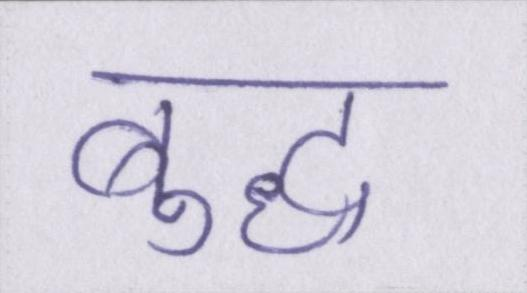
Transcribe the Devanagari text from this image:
बुद्ध